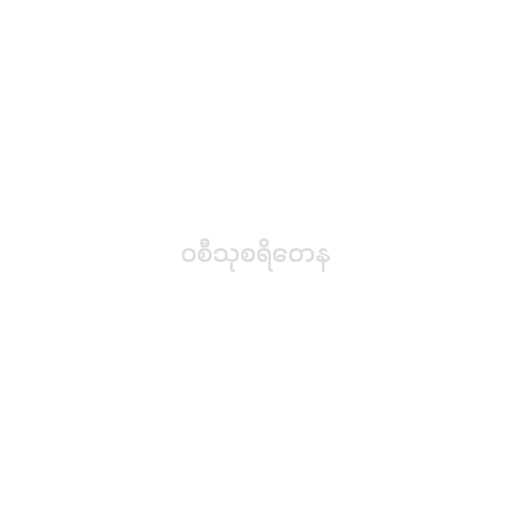
ဝစီသုစရိတေန